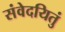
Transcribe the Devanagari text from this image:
संवेदयितुं